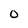
Character: 0